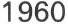
1960